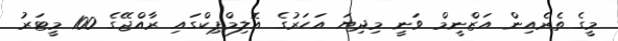
މީގެ ތެރެއިން އަޒްނީމް ވަނީ މިދިޔަ އަހަރުގެ އޮލިމްޕިކްގައި ރާއްޖޭގެ 100 މީޓަރު